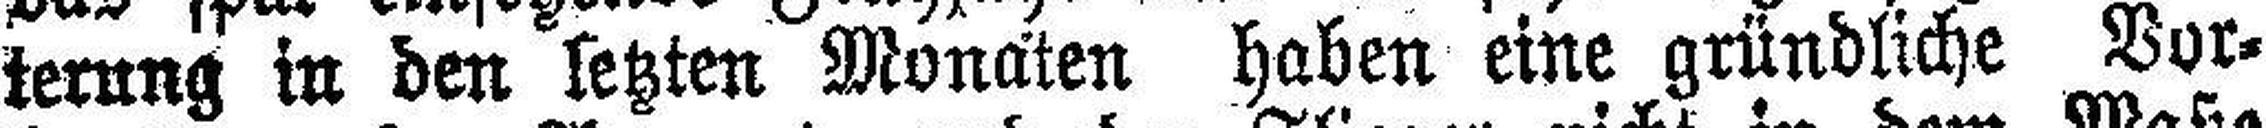
terung in den letzten Monaten haben eine gründliche Vor¬